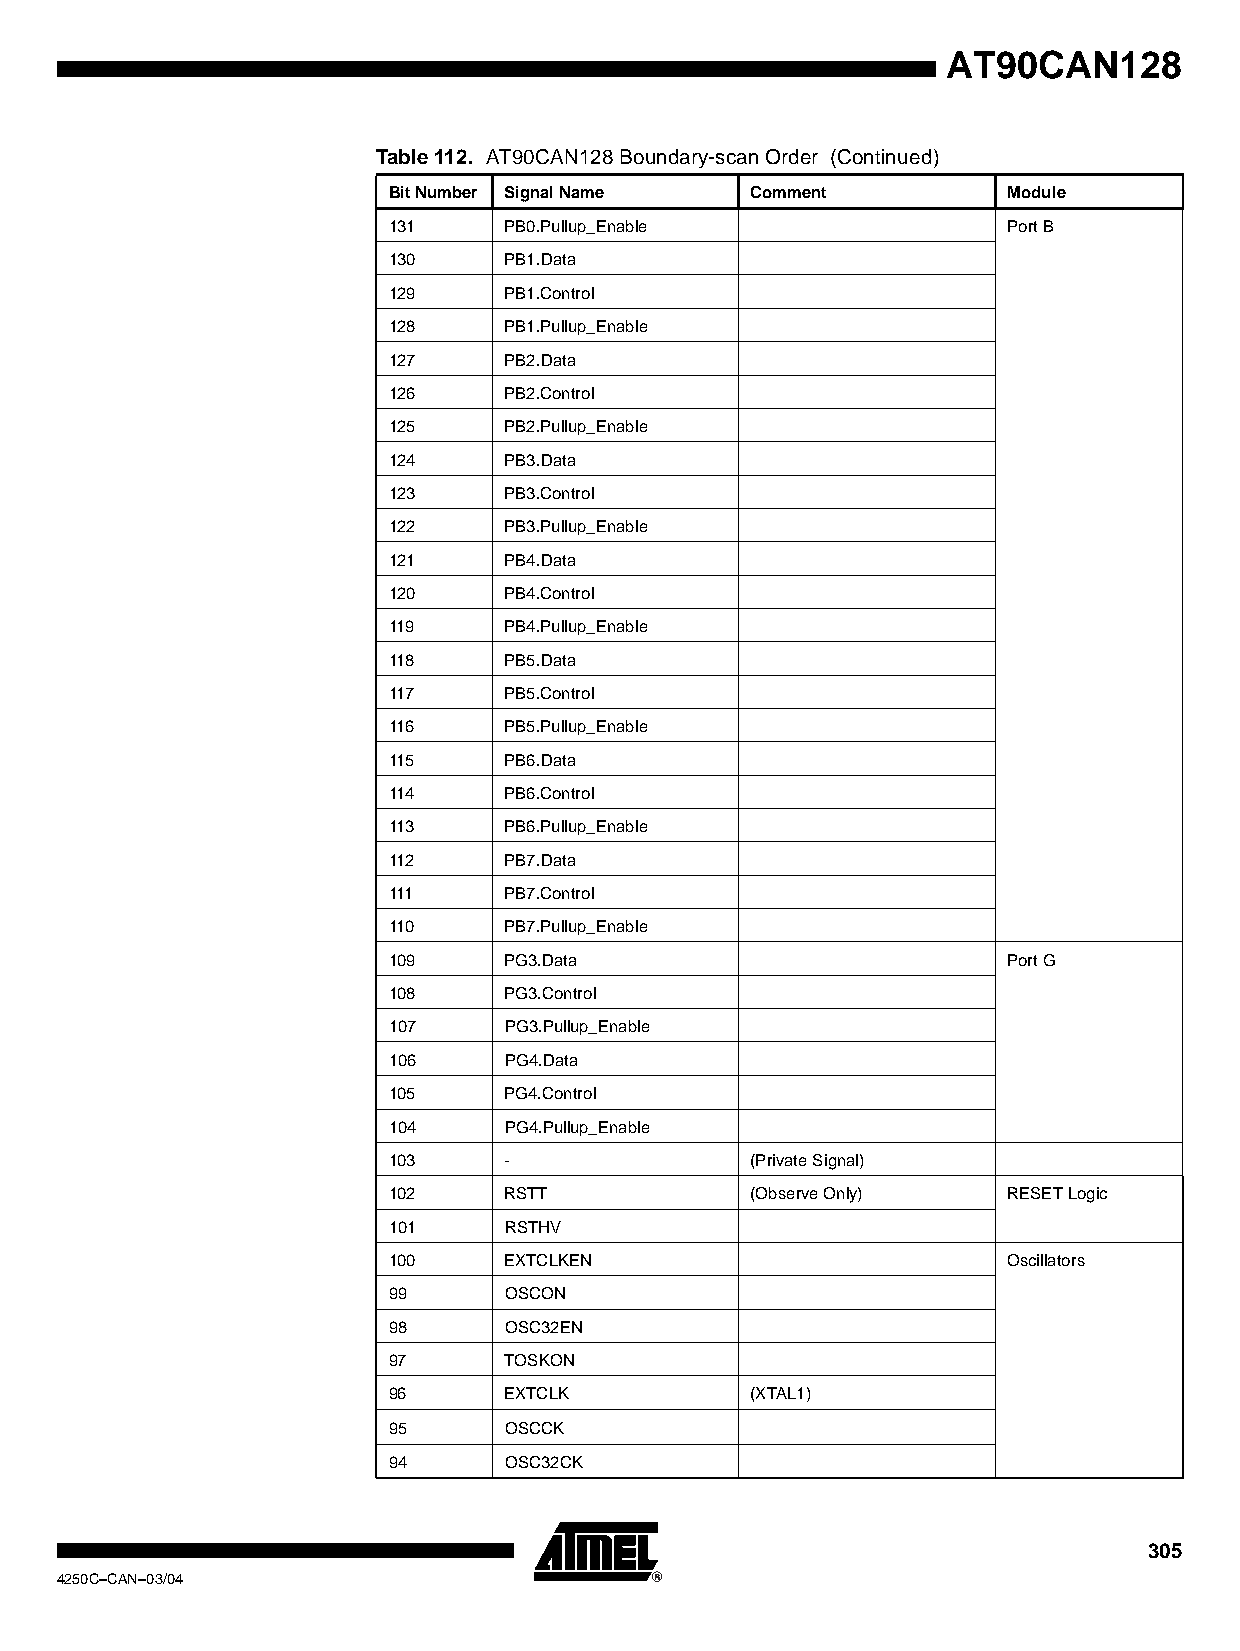
AT90CAN128
 Table 112. AT90CAN128 Boundary-scan Order (Continued)
 Bit Number Signal Name  Comment          Module
 131    PB0.Pullup_Enable                 Port B
 130    PB1.Data
 129    PB1.Control
 128    PB1.Pullup_Enable
 127    PB2.Data
 126    PB2.Control
 125    PB2.Pullup_Enable
 124    PB3.Data
 123    PB3.Control
 122    PB3.Pullup_Enable
 121    PB4.Data
 120    PB4.Control
 119    PB4.Pullup_Enable
 118    PB5.Data
 117    PB5.Control
 116    PB5.Pullup_Enable
 115    PB6.Data
 114    PB6.Control
 113    PB6.Pullup_Enable
 112    PB7.Data
 111    PB7.Control
 110    PB7.Pullup_Enable
 109    PG3.Data                          Port G
 108    PG3.Control
 107    PG3.Pullup_Enable
 106    PG4.Data
 105    PG4.Control
 104    PG4.Pullup_Enable
 103    -                (Private Signal)
 102    RSTT             (Observe Only)   RESET Logic
 101    RSTHV
 100    EXTCLKEN                          Oscillators
 99     OSCON
 98     OSC32EN
 97     TOSKON
 96     EXTCLK           (XTAL1)
 95     OSCCK
 94     OSC32CK
 305
 4250C–CAN–03/04